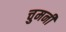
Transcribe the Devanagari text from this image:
चुमनी